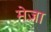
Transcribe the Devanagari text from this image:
मेज़ा